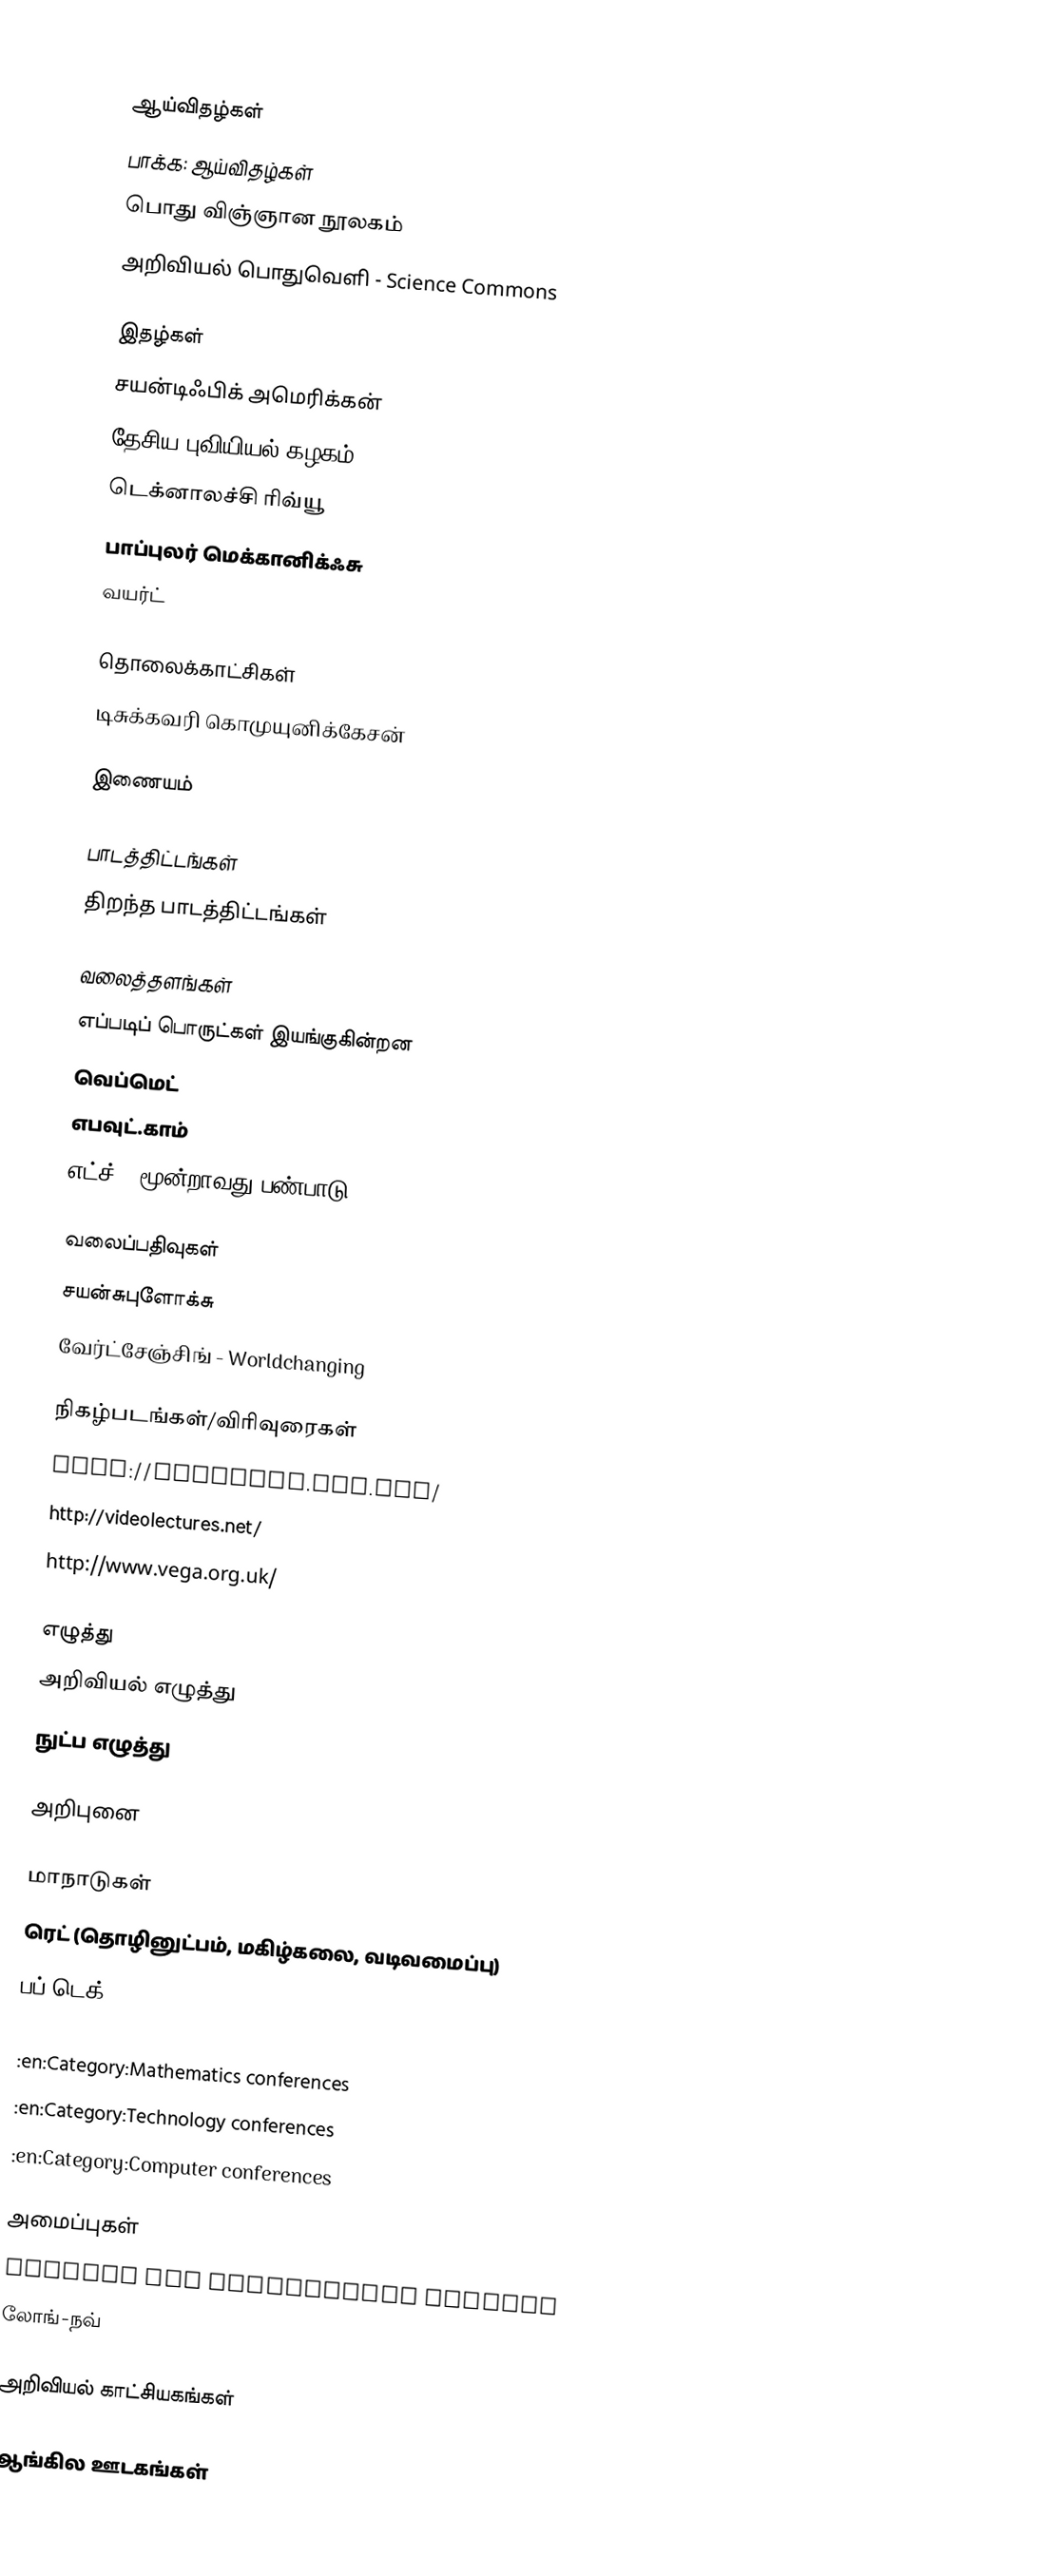

ஆய்விதழ்கள்
 பாக்க: ஆய்விதழ்கள்
 பொது விஞ்ஞான நூலகம்
 அறிவியல் பொதுவெளி - Science Commons

இதழ்கள்
 சயன்டிஃபிக் அமெரிக்கன்
 தேசிய புவியியல் கழகம்
 டெக்னாலச்சி ரிவ்யூ
 பாப்புலர் மெக்கானிக்ஃசு
 வயர்ட்

தொலைக்காட்சிகள்
 டிசுக்கவரி கொமுயுனிக்கேசன்

இணையம்

பாடத்திட்டங்கள்
 திறந்த பாடத்திட்டங்கள்

வலைத்தளங்கள்
 எப்படிப் பொருட்கள் இயங்குகின்றன
 வெப்மெட்
 எபவுட்.காம்
 எட்ச் - மூன்றாவது பண்பாடு - Edge - the third culture

வலைப்பதிவுகள்
 சயன்சுபுளோக்சு
 வேர்ட்சேஞ்சிங் - Worldchanging

நிகழ்படங்கள்/விரிவுரைகள்
 http://mitworld.mit.edu/
 http://videolectures.net/
 http://www.vega.org.uk/

எழுத்து
 அறிவியல் எழுத்து
 நுட்ப எழுத்து

அறிபுனை

மாநாடுகள்
 ரெட் (தொழினுட்பம், மகிழ்கலை, வடிவமைப்பு)
 பப் டெக் - POPTECH
 :en:Category:Medical conferences
 :en:Category:Mathematics conferences
 :en:Category:Technology conferences
 :en:Category:Computer conferences

அமைப்புகள்
 Science and Development Network
 லோங்-நவ்

அறிவியல் காட்சியகங்கள்

ஆங்கில ஊடகங்கள்